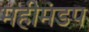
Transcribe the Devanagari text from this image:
महीमंडप